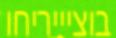
בוציייריחו